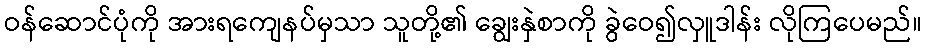
ဝန်ဆောင်ပုံကို အားရကျေနပ်မှသာ သူတို့၏ ချွေးနှဲစာကို ခွဲဝေ၍လှူဒါန်း လိုကြပေမည်။